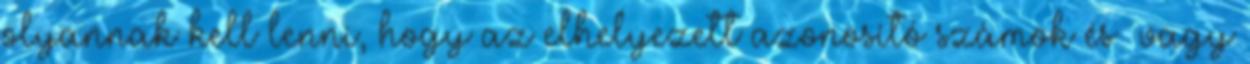
olyannak kell lenni, hogy az elhelyezett azonosító számok és vagy